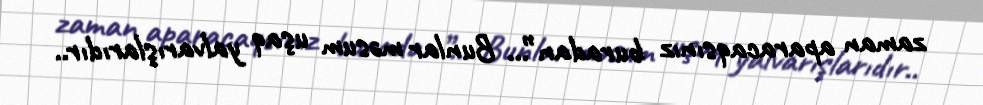
zaman aparacaqsınız buradan”… Bunlar məsum uşaq yalvarışlarıdır..